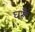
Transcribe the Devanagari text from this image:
घरूँ